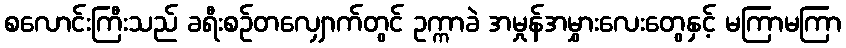
စလောင်းကြီးသည် ခရီးစဉ်တလျှောက်တွင် ဥက္ကာခဲ အမှုန်အမွှားလေးတွေနှင့် မကြာမကြာ